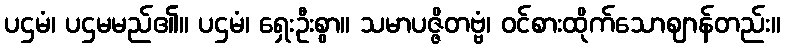
ပဌမံ၊ ပဌမမည်၏။ ပဌမံ၊ ရှေးဦးစွာ။ သမာပဇ္ဇိတဗ္ဗံ၊ ဝင်စားထိုက်သောဈာန်တည်း။